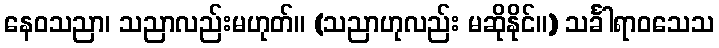
နေဝသညာ၊ သညာလည်းမဟုတ်။ (သညာဟုလည်း မဆိုနိုင်။) သင်္ခါရာဝသေသ